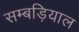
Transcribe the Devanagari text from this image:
सम्बड़ियाल